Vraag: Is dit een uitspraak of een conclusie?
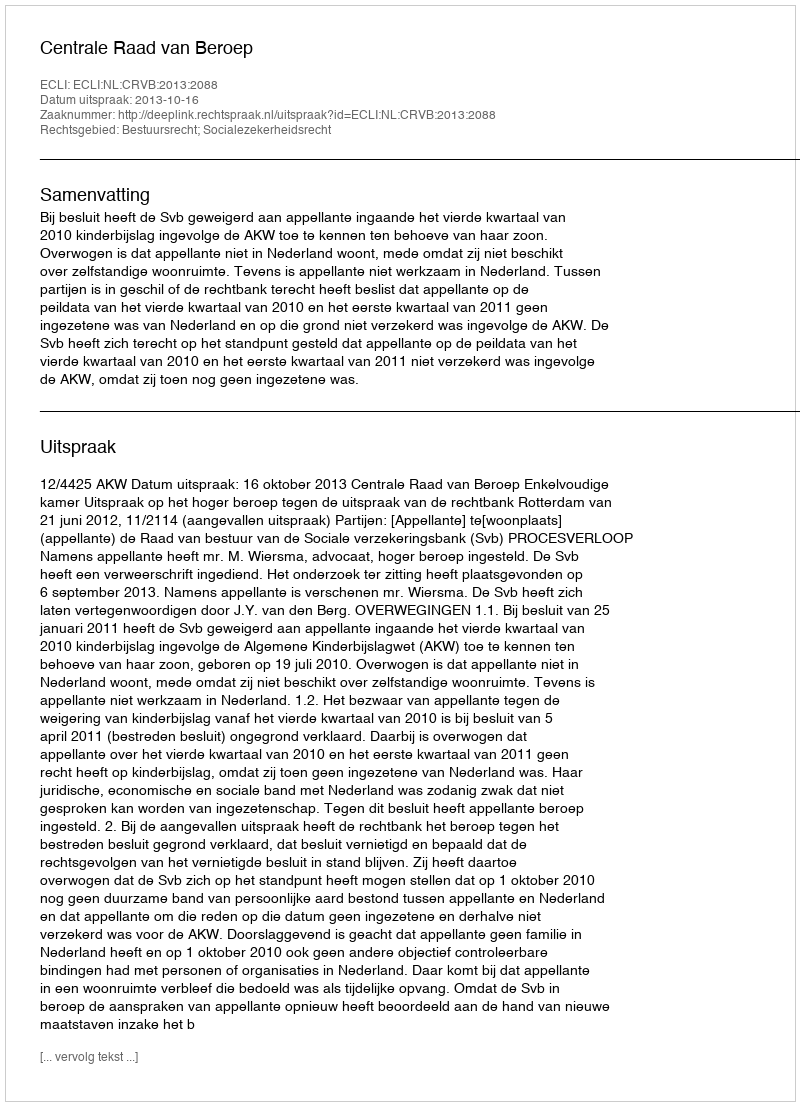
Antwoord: Uitspraak